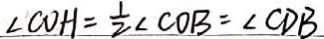
\angle C O H = \frac { 1 } { 2 } \angle C O B = \angle C D B